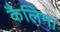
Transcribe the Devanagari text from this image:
कैलिमा